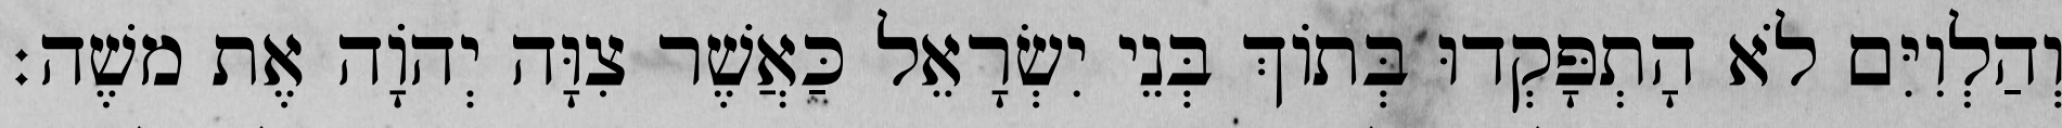
וְהַלְוִיִּם לֹא הָתְפָּקְדוּ בְּתוֹךְ בְּנֵי יִשְׂרָאֵל כַּאֲשֶׁר צִוָּה יְהוָֹה אֶת משֶׁה׃